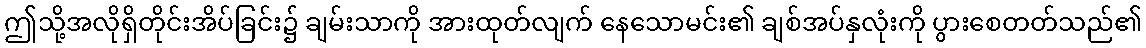
ဤသို့အလိုရှိတိုင်းအိပ်ခြင်း၌ ချမ်းသာကို အားထုတ်လျက် နေသောမင်း၏ ချစ်အပ်နှလုံးကို ပွားစေတတ်သည်၏